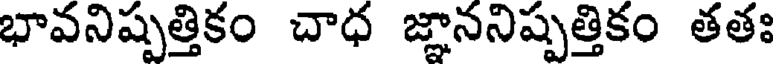
భావనిష్పత్తికం చాధ జ్ఞాననిష్పత్తికం తతః